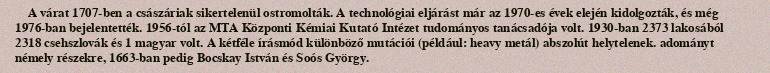
A várat 1707-ben a császáriak sikertelenül ostromolták. A technológiai eljárást már az 1970-es évek elején kidolgozták, és még 1976-ban bejelentették. 1956-tól az MTA Központi Kémiai Kutató Intézet tudományos tanácsadója volt. 1930-ban 2373 lakosából 2318 csehszlovák és 1 magyar volt. A kétféle írásmód különböző mutációi (például: heavy metál) abszolút helytelenek. adományt némely részekre, 1663-ban pedig Bocskay István és Soós György.